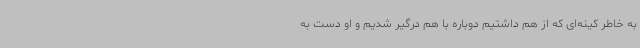
به خاطر کینه‌ای که از هم داشتیم دوباره با هم درگیر شدیم و او دست به